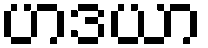
ဟဒယာ